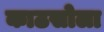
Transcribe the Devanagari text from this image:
काठसोला